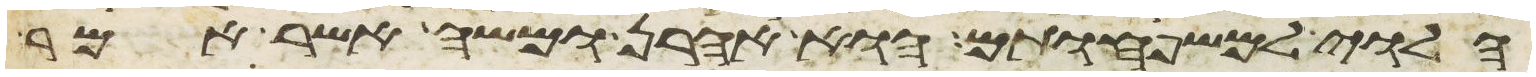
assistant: הלוי למשפחותם הוא אהרן ומשה אשר אמר